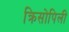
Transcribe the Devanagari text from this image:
क्रिसोपिली